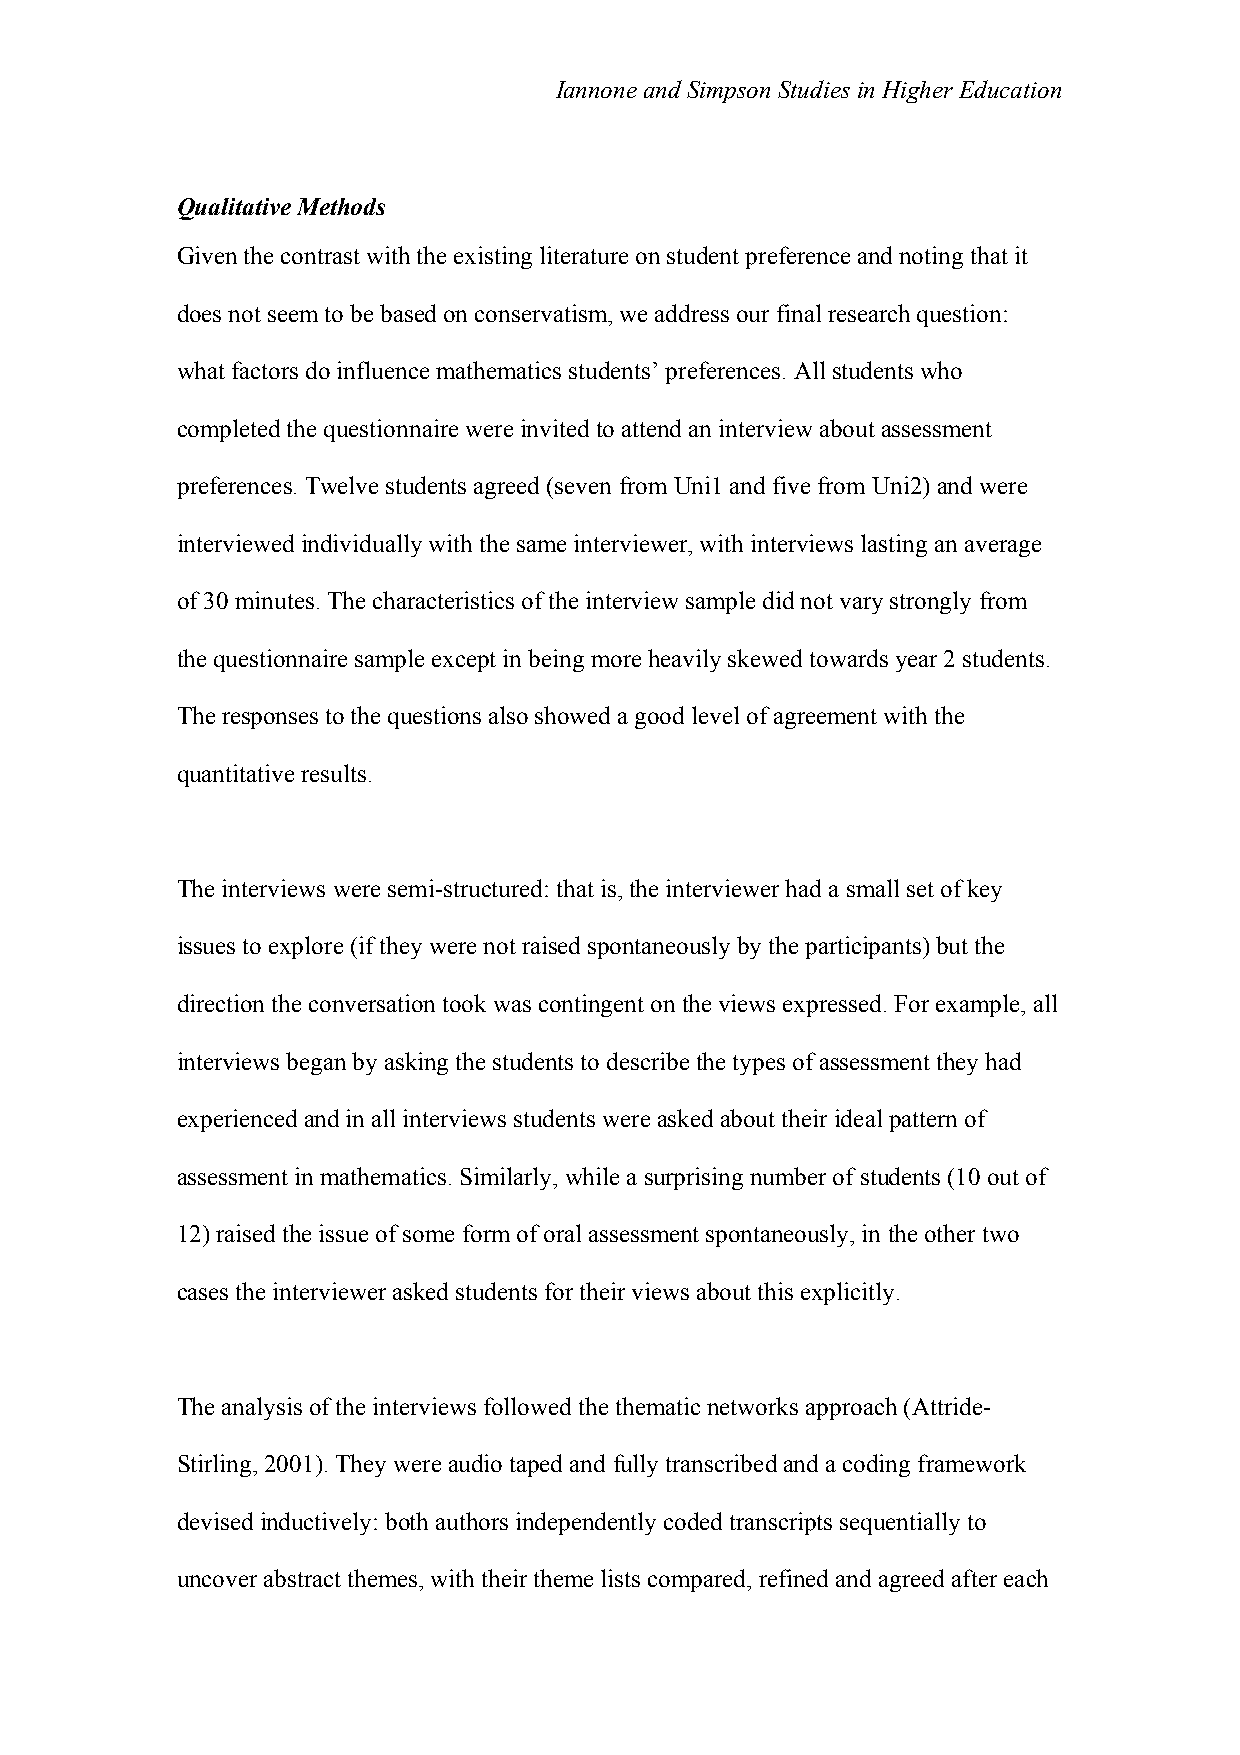
Iannone and Simpson Studies in Higher Education
 Qualitative Methods
 Given the contrast with the existing literature on student preference and noting that it
 does not seem to be based on conservatism, we address our final research question:
 what factors do influence mathematics students’ preferences. All students who
 completed the questionnaire were invited to attend an interview about assessment
 preferences. Twelve students agreed (seven from Uni1 and five from Uni2) and were
 interviewed individually with the same interviewer, with interviews lasting an average
 of 30 minutes. The characteristics of the interview sample did not vary strongly from
 the questionnaire sample except in being more heavily skewed towards year 2 students.
 The responses to the questions also showed a good level of agreement with the
 quantitative results.
 The interviews were semi-structured: that is, the interviewer had a small set of key
 issues to explore (if they were not raised spontaneously by the participants) but the
 direction the conversation took was contingent on the views expressed. For example, all
 interviews began by asking the students to describe the types of assessment they had
 experienced and in all interviews students were asked about their ideal pattern of
 assessment in mathematics. Similarly, while a surprising number of students (10 out of
 12) raised the issue of some form of oral assessment spontaneously, in the other two
 cases the interviewer asked students for their views about this explicitly.
 The analysis of the interviews followed the thematic networks approach (Attride-
 Stirling, 2001). They were audio taped and fully transcribed and a coding framework
 devised inductively: both authors independently coded transcripts sequentially to
 uncover abstract themes, with their theme lists compared, refined and agreed after each